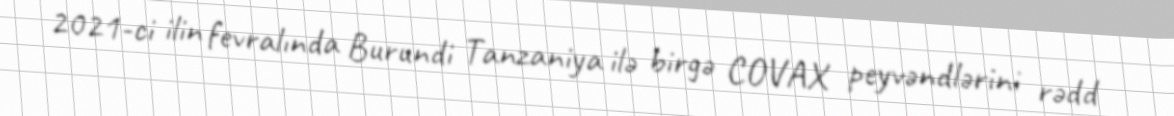
2021-ci ilin fevralında Burundi Tanzaniya ilə birgə COVAX peyvəndlərini rədd